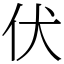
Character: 伏